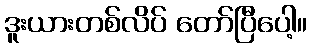
ဒူးယားတစ်လိပ် တော်ပြီပေါ့။